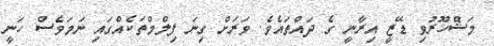
މަޝްހޫރުވި ޑޭޒީ އިރާނީ ގެ ދައްތައެވެ. ވަރަށް ގިނަ ފިލްމްތަކެއްގައި ނަމަވެސް ހަނީ